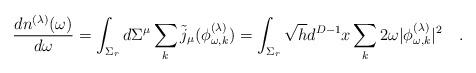
LaTeX: \begin{align*}{dn^{(\lambda)}(\omega) \over d\omega}=\int_{\Sigma_r}d\Sigma^\mu \sum_k\tilde{j}_\mu (\phi^{(\lambda)}_{\omega,k})=\int_{\Sigma_r} \sqrt{h}d^{D-1}x\sum_k2\omega |\phi^{(\lambda)}_{\omega,k}|^2~~~.\end{align*}